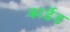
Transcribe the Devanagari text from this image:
कार्डेड